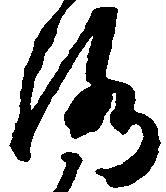
洛